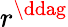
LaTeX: r^{\ddag}